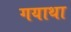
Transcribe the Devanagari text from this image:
गयाथा